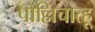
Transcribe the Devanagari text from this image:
पोल्लिचात्हू